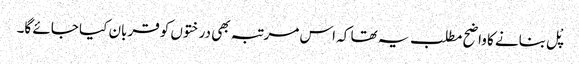
پْل بنانے کا واضح مطلب یہ تھا کہ اس مرتبہ بھی درختوں کو قربان کیا جائے گا۔